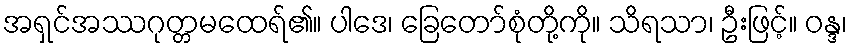
အရှင်အဿဂုတ္တမထေရ်၏။ ပါဒေ၊ ခြေတော်စုံတို့ကို။ သိရသာ၊ ဦးဖြင့်။ ဝန္ဒ၊